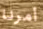
أمرنا